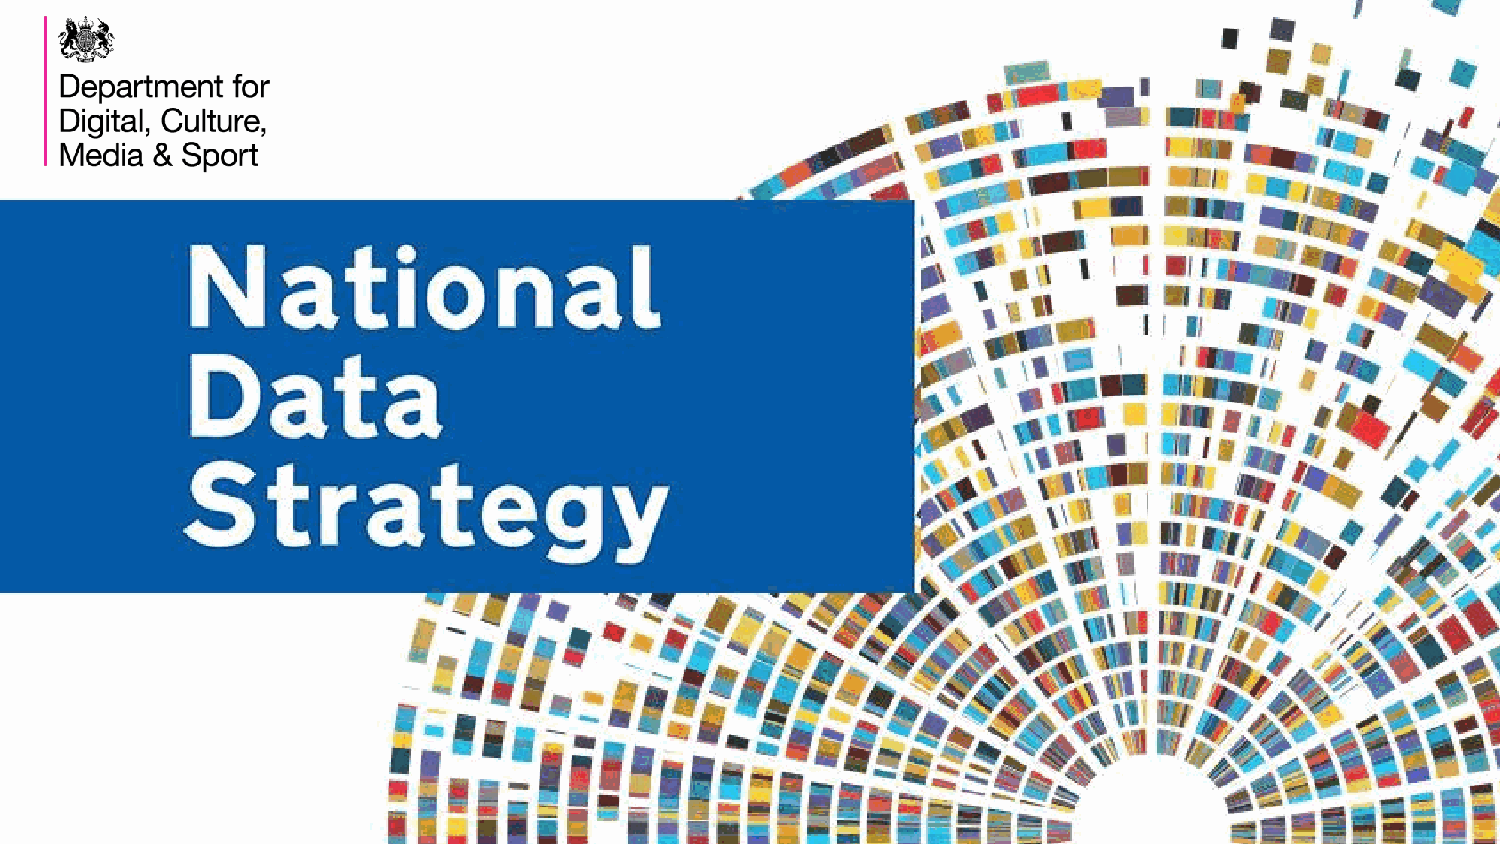
OFFICIAL-SENSITIVE
 National     Data    Strategy:     One    Year   On
 26 August 2021